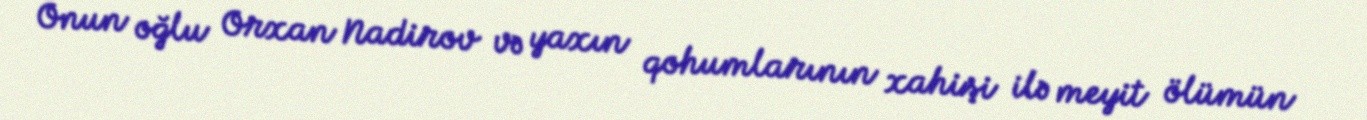
Onun oğlu Orxan Nadirov və yaxın qohumlarının xahişi ilə meyit ölümün